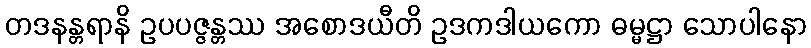
တဒနန္တရာနိ ဥပပဇ္ဇန္တဿ အစောဒယီတိ ဥဒကဒါယကော ဓမ္မဋ္ဌာ သောပါနော